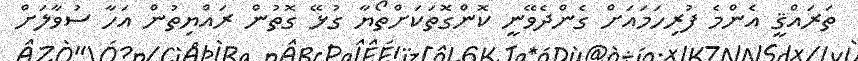
ތަރައްޤީ އެންމެ ފުރިހަމައަށް ގެންދެވޭނީ ކޮންގޮތަކަށްތޯޔާ ގުޅޭ ގޮތުން ރައްޔިތުން އަހާ ސުވާލަށް